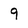
Character: 9